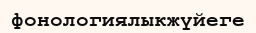
фонологиялыкжүйеге